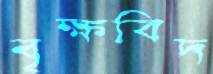
বৃক্ষবিদ